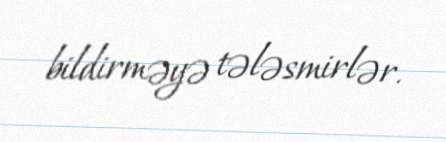
bildirməyə tələsmirlər.